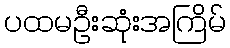
ပထမဦးဆုံးအကြိမ်